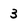
Character: 3